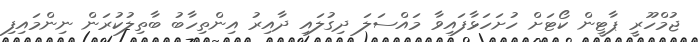
ޖުމްހޫރީ ޕާޓީން ކޯޓަށް ހުށަހަޅާފައިވާ މައްސަލަ ދިގުލައި ދާއިރު އިންތިހާބު ބާތިލުކުރަން ނިންމައިފި